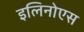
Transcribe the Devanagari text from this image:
इलिनोएस